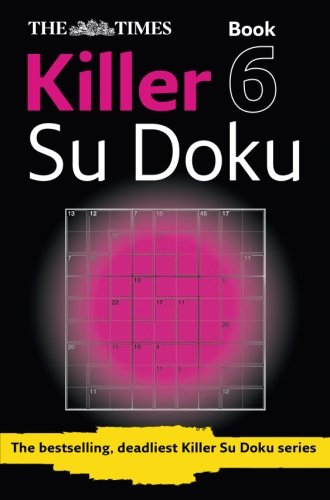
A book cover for The Times Killer Su Doku 6; The Times Mind Games; Humor & Entertainment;